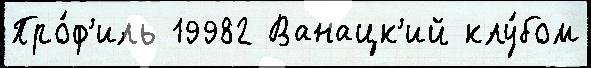
Про́ф'иль 19982 Ванацк'ий клу́бом